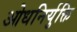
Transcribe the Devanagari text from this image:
ओधनिर्युक्ति